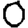
Digit: 0